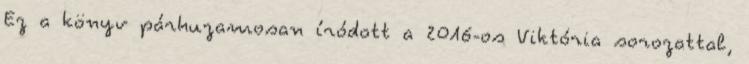
Ez a könyv párhuzamosan íródott a 2016-os Viktória sorozattal,